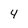
Character: 4